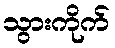
သွားကိုက်